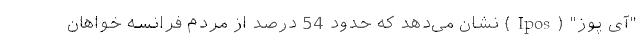
"آی پوز" (Ipos) نشان می‌دهد که حدود 54 درصد از مردم فرانسه خواهان